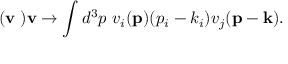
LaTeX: ( { \bf v \nabla ) v } \rightarrow \int d ^ { 3 } p ~ v _ { i } ( { \bf p } ) ( p _ { i } - k _ { i } ) v _ { j } ( { \bf p - k } ) .